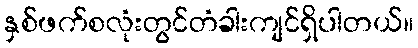
နှစ်ဖက်စလုံးတွင်တံခါးကျင်ရှိပါတယ်။